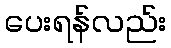
ပေးရန်လည်း